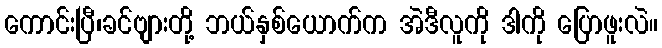
ကောင်းပြီ၊ခင်ဗျားတို့ ဘယ်နှစ်ယောက်က အဲဒီလူကို ဒါကို ပြောဖူးလဲ။